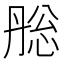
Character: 㥖